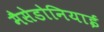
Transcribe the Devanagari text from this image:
मैसेडोनियाई